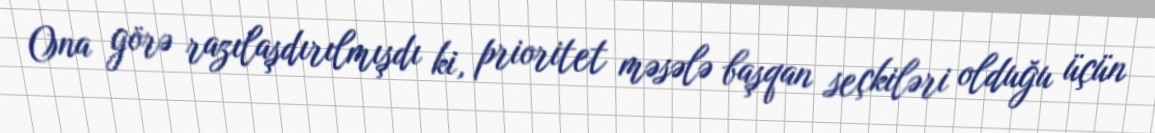
Ona görə razılaşdırılmışdı ki, prioritet məsələ başqan seçkiləri olduğu üçün